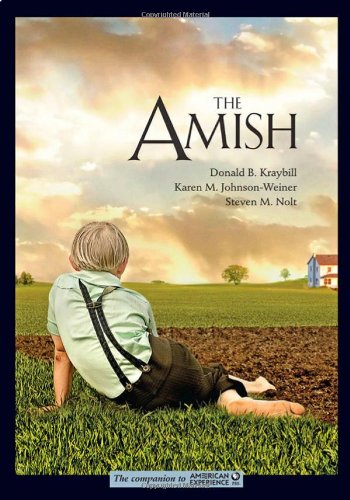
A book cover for The Amish; Donald B. Kraybill; Christian Books & Bibles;